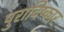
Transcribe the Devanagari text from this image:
पुराविष्कार